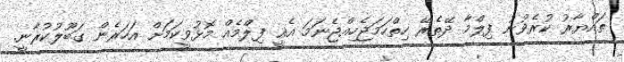
ތައްޔާރު ކުރެވުނު ފިލްމާ ދޭތެރޭ ހިތްހަމަޖެހިއްޖެނަމަ އެއީ ފިލްމެއް މޮޅުވީކަމަށް އަހަރެން ގަބޫލުކުރާނީ.